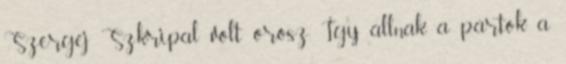
Szergej Szkripal volt orosz. Így állnak a pártok a